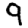
Digit: 9